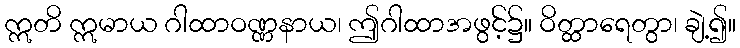
ဣတိ ဣမာယ ဂါထာဝဏ္ဏနာယ၊ ဤဂါထာအဖွင့်၌။ ဝိတ္ထာရေတွာ၊ ချဲ့၍။